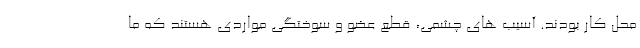
محل کار بودند. آسیب های چشمی، قطع عضو و سوختگی مواردی هستند که ما